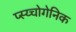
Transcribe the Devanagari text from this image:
प्स्य्चोगेनिक